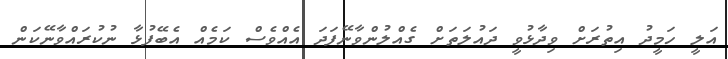
އަލީ ހަމީދު އިތުރަށް ވިދާޅުވީ ދައުލަތަށް ގެއްލުންވާނޭފަދަ އެއްވެސް ކަމެއް އެބޭފުޅާ ނުކުރައްވާނޭކަން